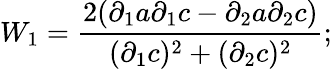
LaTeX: W_{1}=\frac{2({\partial}_{1}a\partial_{1}c-\partial_{2}a\partial_{2}c)}{({\partial}_{1}c)^{2}+({\partial}_{2}c)^{2}};